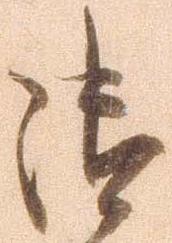
御